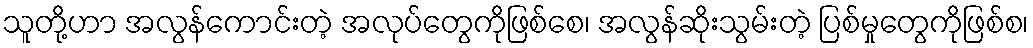
သူတို့ဟာ အလွန်ကောင်းတဲ့ အလုပ်တွေကိုဖြစ်စေ၊ အလွန်ဆိုးသွမ်းတဲ့ ပြစ်မှုတွေကိုဖြစ်စ၊